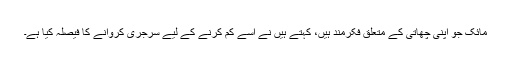
مائک جو اپنی چھاتی کے متعلق فکرمند ہیں، کہتے ہیں نے اسے کم کرنے کے لیے سرجری کروانے کا فیصلہ کیا ہے۔